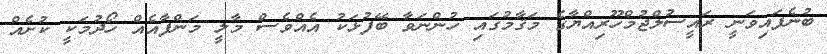
ބުނެފައިވަނީ ރައީސުލްޖުމްހޫރިއްޔާގެ މަޤާމުގައި ހުންނަވާ ބޭފުޅަކު އެއްވެސް މާލީ މަންފާއެއް ހޯދުމަކީ ކުށެއް